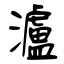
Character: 瀘